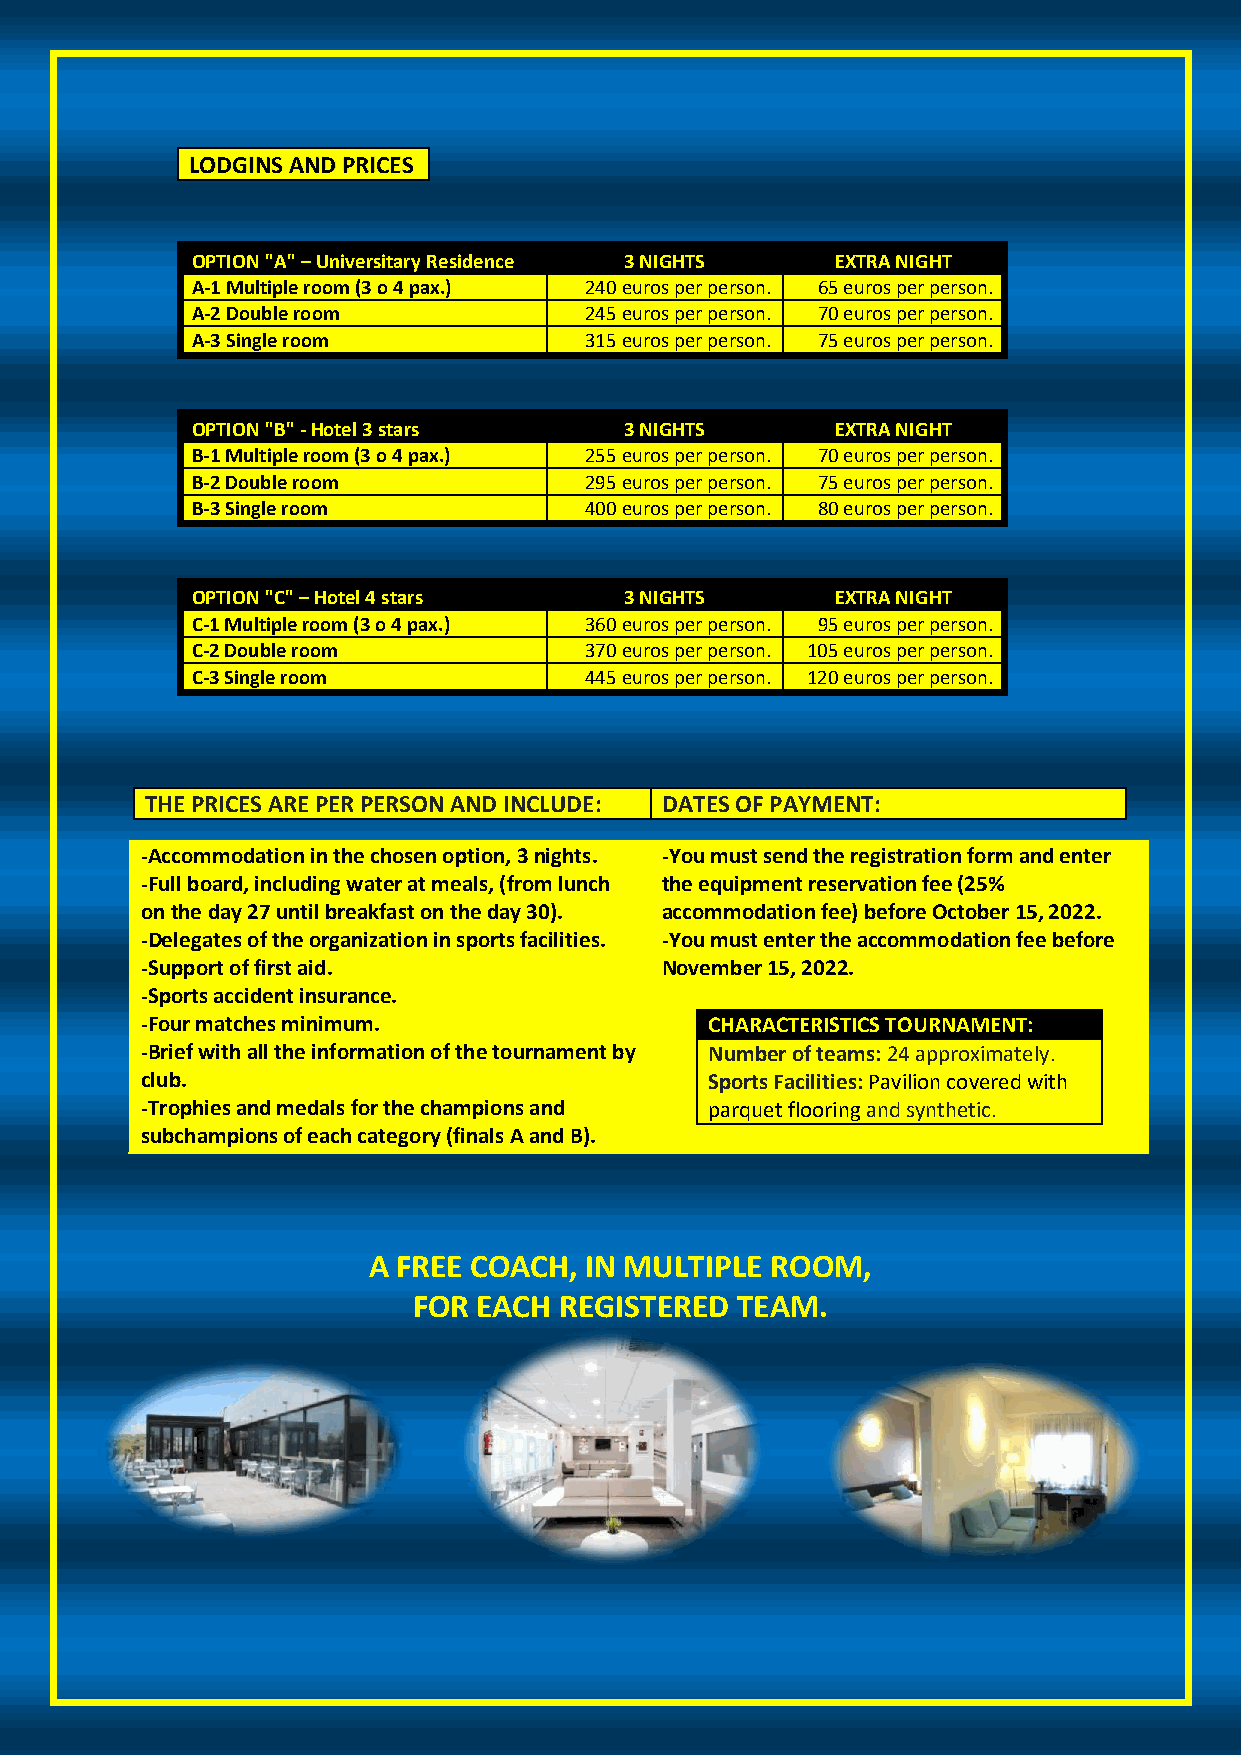
LODGINS AND PRICES
 OPTION "A" – Universitary Residence 3 NIGHTS EXTRA NIGHT
 A-1 Multiple room (3 o 4 pax.) 240 euros per person. 65 euros per person.
 A-2 Double room           245 euros per person. 70 euros per person.
 A-3 Single room           315 euros per person. 75 euros per person.
 OPTION "B" - Hotel 3 stars  3 NIGHTS      EXTRA NIGHT
 B-1 Multiple room (3 o 4 pax.) 255 euros per person. 70 euros per person.
 B-2 Double room           295 euros per person. 75 euros per person.
 B-3 Single room           400 euros per person. 80 euros per person.
 OPTION "C" – Hotel 4 stars  3 NIGHTS      EXTRA NIGHT
 C-1 Multiple room (3 o 4 pax.) 360 euros per person. 95 euros per person.
 C-2 Double room           370 euros per person. 105 euros per person.
 C-3 Single room           445 euros per person. 120 euros per person.
 THE PRICES ARE PER PERSON AND INCLUDE: DATES OF PAYMENT:
 -Accommodation in the chosen option, 3 nights. -You must send the registration form and enter
 -Full board, including water at meals, (from lunch the equipment reservation fee (25%
 on the day 27 until breakfast on the day 30). accommodation fee) before October 15, 2022.
 -Delegates of the organization in sports facilities. -You must enter the accommodation fee before
 -Support of first aid.             November 15, 2022.
 -Sports accident insurance.
 -Four matches minimum.                CHARACTERISTICS TOURNAMENT:
 -Brief with all the information of the tournament by Number of teams: 24 approximately.
 club.                                 Sports Facilities: Pavilion covered with
 -Trophies and medals for the champions and parquet flooring and synthetic.
 subchampions of each category (finals A and B).
 A FREE COACH,  IN MULTIPLE ROOM,
 FOR  EACH REGISTERED  TEAM.